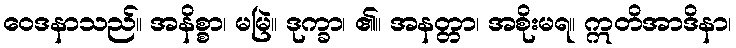
ဝေဒနာသည်။ အနိစ္စာ၊ မမြဲ။ ဒုက္ခာ၊ ၏။ အနတ္တာ၊ အစိုးမရ။ ဣတိအာဒိနာ၊